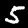
Digit: 5